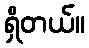
ရှိတယ်။